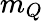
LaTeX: m_{Q}